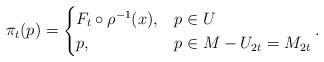
LaTeX: \begin{align*}\pi_t(p) = \begin{cases} F_t \circ \rho^{-1}(x), & p \in U \\ p, & p \in M - U_{2t} = M_{2t}\end{cases}.\end{align*}